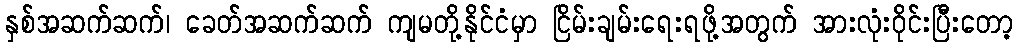
နှစ်အဆက်ဆက်၊ ခေတ်အဆက်ဆက် ကျမတို့နိုင်ငံမှာ ငြိမ်းချမ်းရေးရဖို့အတွက် အားလုံးဝိုင်းပြီးတော့